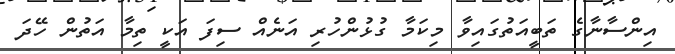
އިންސާނާގެ ތަބީއަތުގައިވާ މިކަމާ ގުޅުންހުރި އަނެއް ސިފަ އަކީ ތިމާ އަތުން ހޭދަ